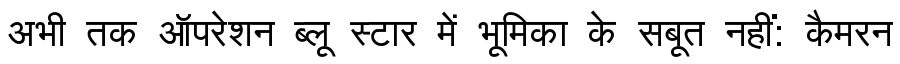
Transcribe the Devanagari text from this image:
अभी तक ऑपरेशन ब्लू स्टार में भूमिका के सबूत नहीं: कैमरन